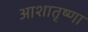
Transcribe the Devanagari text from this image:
आशातृष्णा